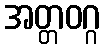
အတ္တဝဂ္ဂ